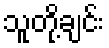
သူတို့ချင်း